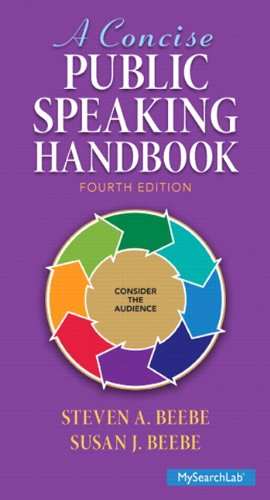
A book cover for A Concise Public Speaking Handbook (4th Edition); Steven A. Beebe; Reference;